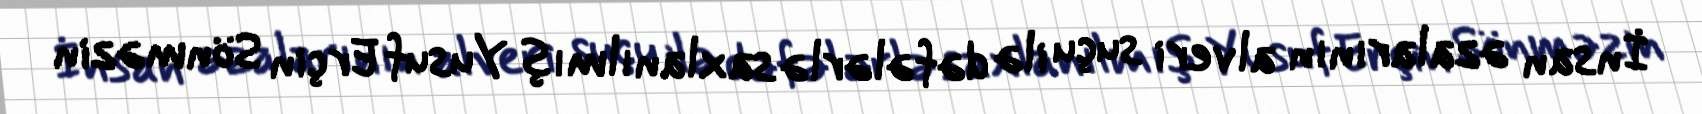
İnsan əzalarının alveri suçu ilə dəfələrlə saxlanılmış Yusuf Erçin Sönməzin